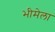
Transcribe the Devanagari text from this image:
भीमेला